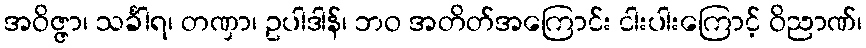
အဝိဇ္ဇာ၊ သင်္ခါရ၊ တဏှာ၊ ဥပါဒါန်၊ ဘဝ အတိတ်အကြောင်း ငါးပါးကြောင့် ဝိညာဏ်၊